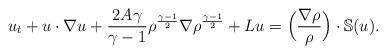
LaTeX: \begin{align*}u_t+u\cdot\nabla u +\frac{2A\gamma}{\gamma-1}\rho^{\frac{\gamma-1}{2}}\nabla\rho^{\frac{\gamma-1}{2}}+Lu=\Big(\frac{\nabla \rho}{\rho}\Big) \cdot \mathbb{S}(u).\end{align*}